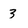
Character: 3